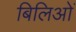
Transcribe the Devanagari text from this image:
बिलिओं